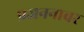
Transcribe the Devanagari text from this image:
प्रजननावर